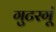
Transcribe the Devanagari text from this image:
गुटरगूं